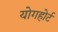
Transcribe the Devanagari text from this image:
योगहोर्ट